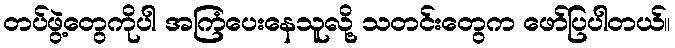
တပ်ဖွဲ့တွေကိုပါ အကြံပေးနေသူလို့ သတင်းတွေက ဖော်ပြပါတယ်။